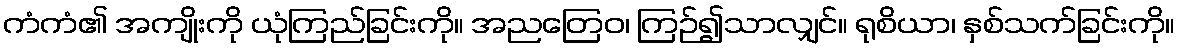
ကံကံ၏ အကျိုးကို ယုံကြည်ခြင်းကို။ အညတြေဝ၊ ကြဉ်၍သာလျှင်။ ရုစိယာ၊ နှစ်သက်ခြင်းကို။